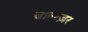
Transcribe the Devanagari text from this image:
बाल्त्ज़र